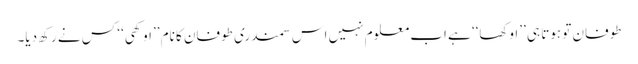
طوفان تو ہوتا ہی ’’اوکھا‘‘ ہے اب معلوم نہیں اس سمندری طوفان کا نام ’’اوکھی‘‘ کس نے رکھ دیا۔